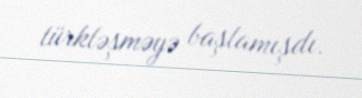
türkləşməyə başlamışdı.